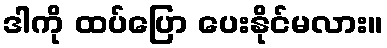
ဒါကို ထပ်ပြော ပေးနိုင်မလား။